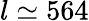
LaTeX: l\simeq 564